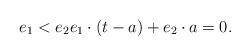
LaTeX: \begin{align*} e_1 < e_2 e_1 \cdot (t-a) + e_2\cdot a = 0.\end{align*}